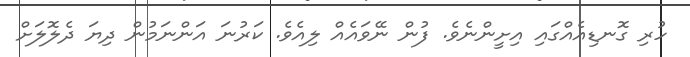
ހުރި ގޮނޑިއެއްގައި އިށީންނެވެ. ފުން ނޭވައެއް ލިއެވެ. ކަރުނަ އަންނަމުން ދިޔަ ދެލޮލަށް